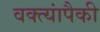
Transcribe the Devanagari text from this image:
वक्त्यांपैकी